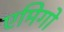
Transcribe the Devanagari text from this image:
एमिगो